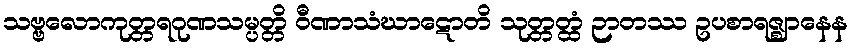
သဗ္ဗလောကုတ္တရဂုဏသမ္ပတ္တိ ဝီဏာသံဃာဋောတိ သုတ္တတ္ထံ ဉာတဿ ဥပစာရဇ္ဈာနေန